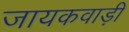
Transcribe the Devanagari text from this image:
जायकवाड़ी